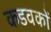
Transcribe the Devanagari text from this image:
कडवकों